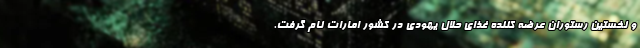
و نخستین رستوران عرضه کننده غذای حلال یهودی در کشور امارات نام گرفت.